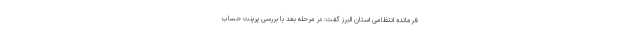
فرمانده انتظامی استان البرز گفت: در مرحله بعد با بررسی پرینت حساب